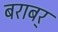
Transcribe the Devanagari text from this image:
बराबर्